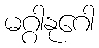
မဂ္ဂါနုဂေါ